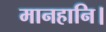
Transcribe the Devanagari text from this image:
मानहानि।